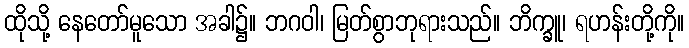
ထိုသို့ နေတော်မူသော အခါ၌။ ဘဂဝါ၊ မြတ်စွာဘုရားသည်။ ဘိက္ခူ၊ ရဟန်းတို့ကို။